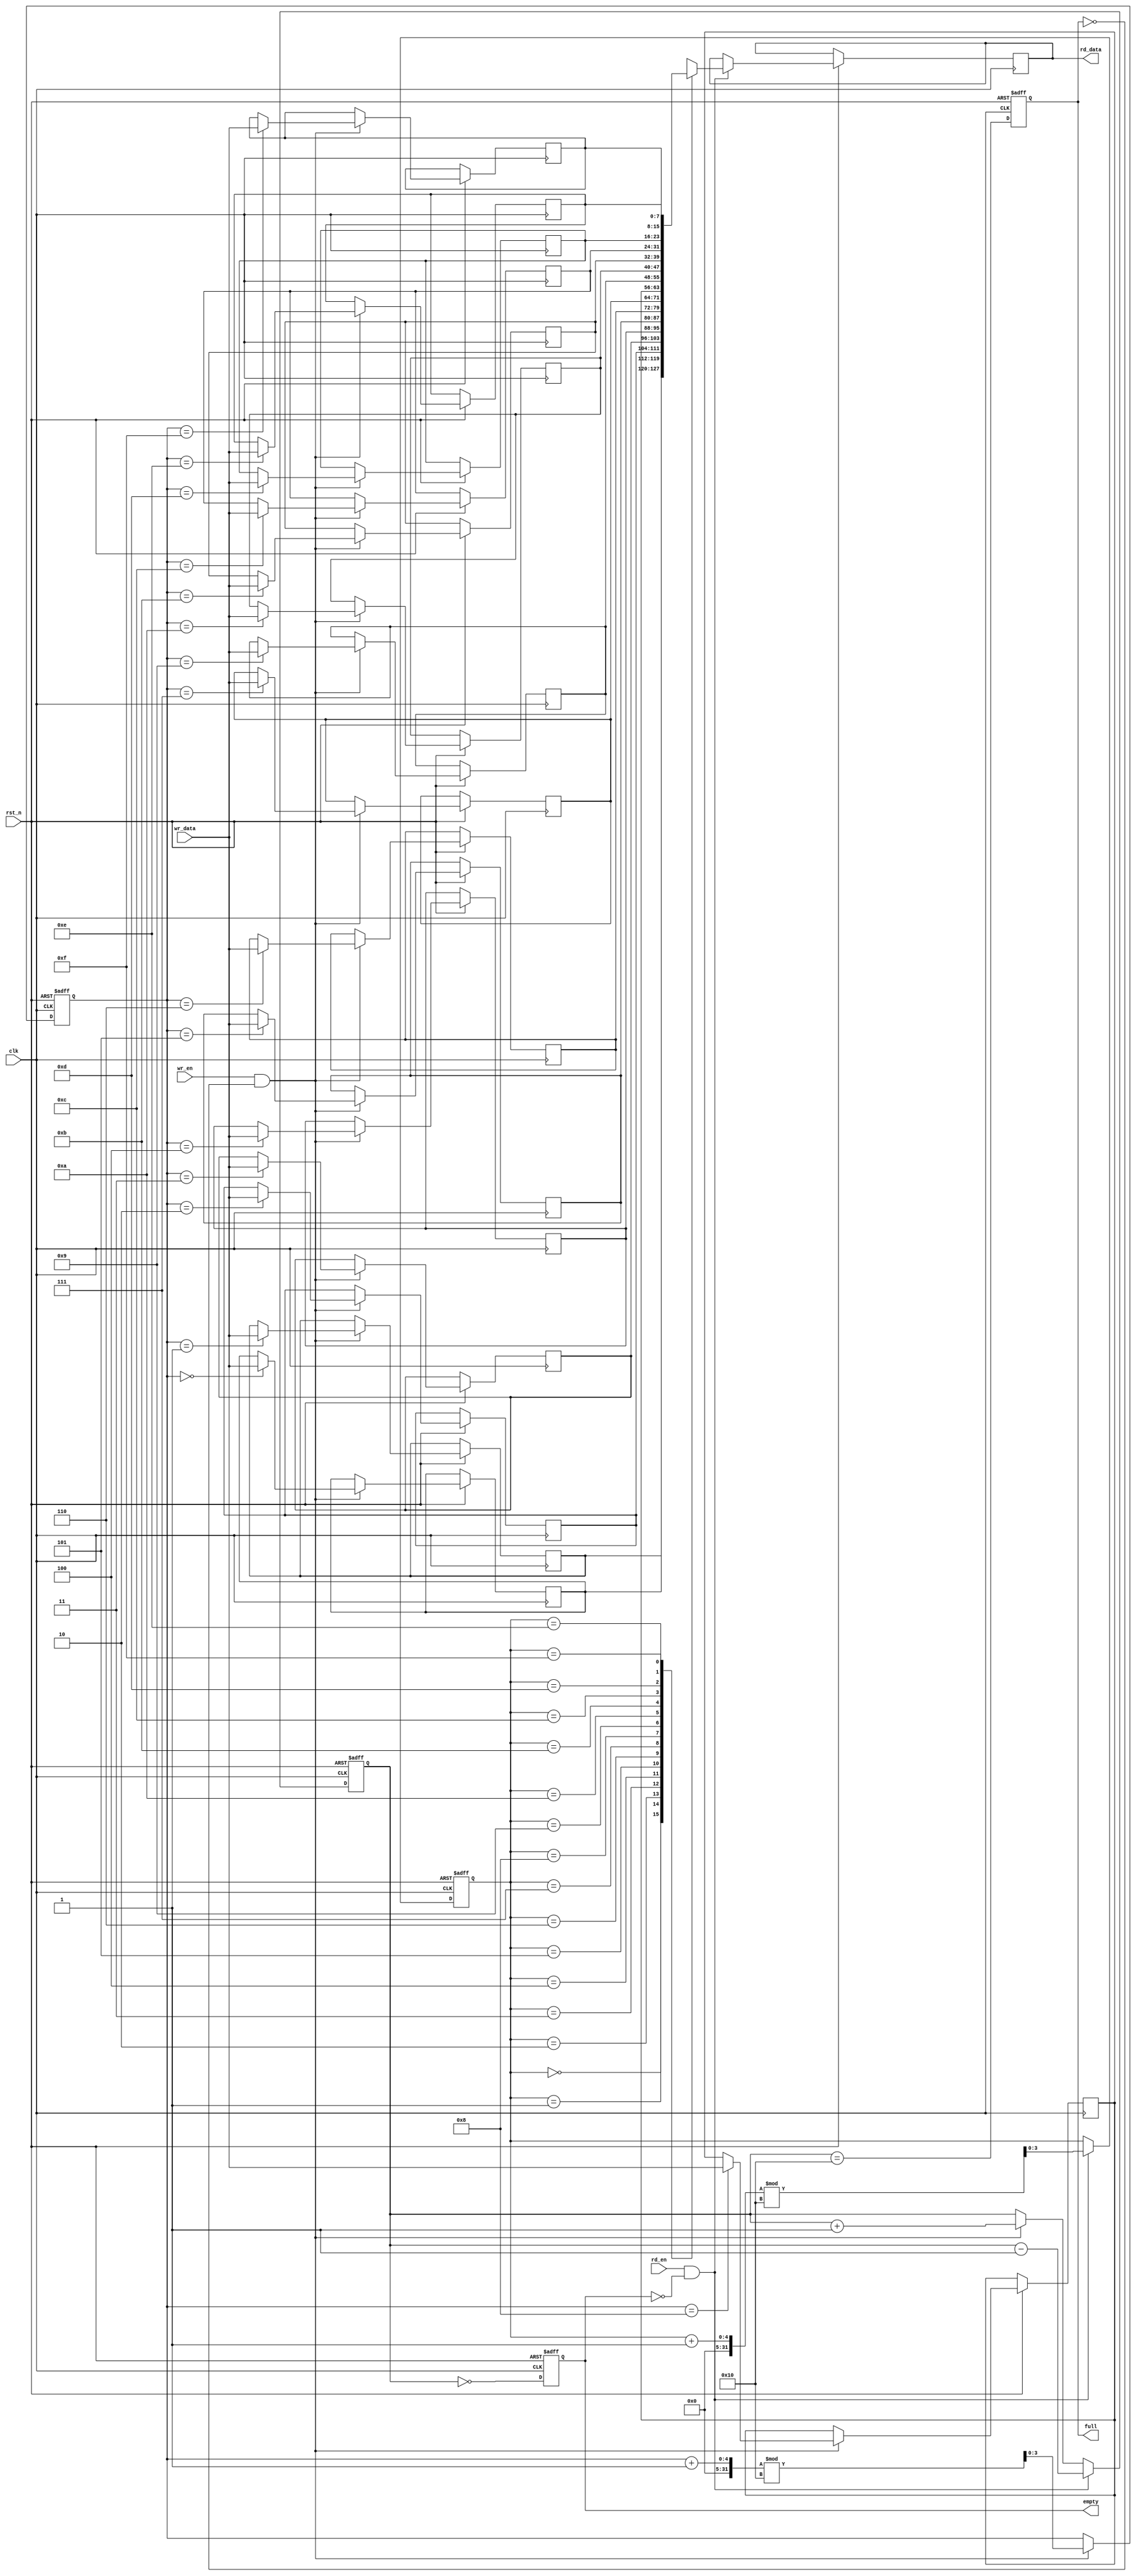
module fifo_sram #(
    parameter DEPTH = 16,  // Number of entries
    parameter WIDTH = 8    // Width of each entry in bits
)(
    input wire clk,                // Clock signal
    input wire rst_n,              // Asynchronous reset (active low)
    input wire wr_en,              // Write enable
    input wire rd_en,              // Read enable
    input wire [WIDTH-1:0] wr_data,// Data to write
    output reg [WIDTH-1:0] rd_data,// Data read from FIFO
    output reg full,               // FIFO full flag
    output reg empty               // FIFO empty flag
);

    // Memory array
    reg [WIDTH-1:0] mem [0:DEPTH-1];
    
    // Write and read pointers
    reg [$clog2(DEPTH)-1:0] wr_ptr;
    reg [$clog2(DEPTH)-1:0] rd_ptr;
    reg [$clog2(DEPTH):0] count; // Count of entries in FIFO

    // Asynchronous reset
    always @(posedge clk or negedge rst_n) begin
        if (!rst_n) begin
            wr_ptr <= 0;
            rd_ptr <= 0;
            count <= 0;
            full <= 0;
            empty <= 1;
        end else begin
            // Write operation
            if (wr_en && !full) begin
                mem[wr_ptr] <= wr_data; // Write data to memory
                wr_ptr <= (wr_ptr + 1) % DEPTH; // Increment write pointer
                count <= count + 1; // Increment count
            end
            
            // Read operation
            if (rd_en && !empty) begin
                rd_data <= mem[rd_ptr]; // Read data from memory
                rd_ptr <= (rd_ptr + 1) % DEPTH; // Increment read pointer
                count <= count - 1; // Decrement count
            end
            
            // Update full and empty flags
            full <= (count == DEPTH);
            empty <= (count == 0);
        end
    end

endmodule